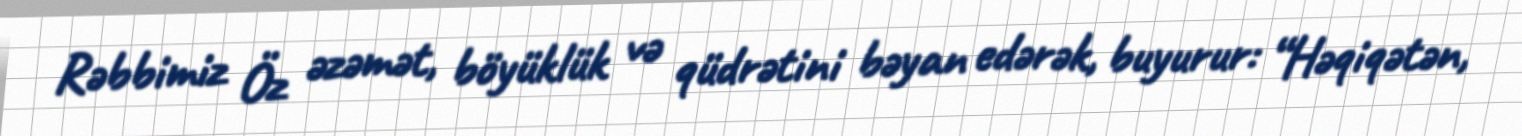
Rəbbimiz Öz əzəmət, böyüklük və qüdrətini bəyan edərək, buyurur: “Həqiqətən,